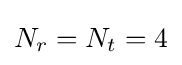
N_{r}=N_{t}=4